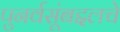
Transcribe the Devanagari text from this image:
पुनर्वसूंबद्दलचे